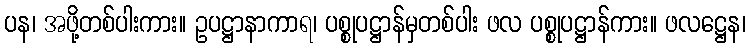
ပန၊ အဖို့တစ်ပါးကား။ ဥပဋ္ဌာနာကာရ၊ ပစ္စုပဋ္ဌာန်မှတစ်ပါး ဖလ ပစ္စုပဋ္ဌာန်ကား။ ဖလဋ္ဌေန၊